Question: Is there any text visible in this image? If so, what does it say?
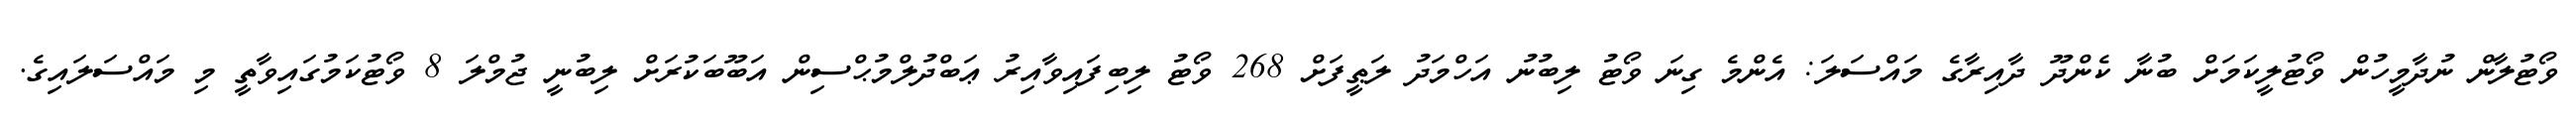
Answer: ވޯޓުލާން ނުދާމީހުން ވޯޓުލީކަމަށް ބުނާ ކެންދޫ ދާއިރާގެ މައްސަލަ: އެންމެ ގިނަ ވޯޓު ލިބުނު އަހްމަދު ލަޠީފަށް 268 ވޯޓު ލިބިފައިވާއިރު ޢަބްދުލްމުޙްސިން އަބޫބަކުރަށް ލިބުނީ ޖުމްލަ 8 ވޯޓުކަމުގައިވާތީ މި މައްސަލައިގެ.